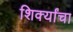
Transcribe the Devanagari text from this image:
शिर्क्यांचा